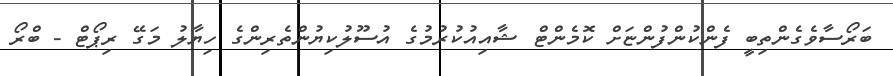
ބަރޯސާވެގެންތިބީ ފެންކުންފުންޏަށް ކޮމެންޓް ޝާއިއުކުރުމުގެ އުސޫލުކިޔުންތެރިންގެ ހިޔާލު މަގޭ ރިޕޯޓް - ބްރޯ